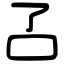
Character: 叾